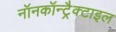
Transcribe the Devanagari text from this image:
नॉनकॉन्ट्रैक्टाइल